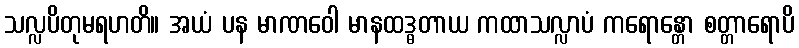
သလ္လပိတုမရဟတိ။ အယံ ပန မာဏဝေါ မာနထဒ္ဓတာယ ကထာသလ္လာပံ ကရောန္တော စတ္တာရောပိ